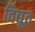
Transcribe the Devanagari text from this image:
विद्यूत